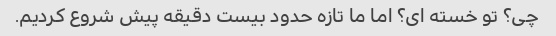
چی؟ تو خسته ای؟ اما ما تازه حدود بیست دقیقه پیش شروع کردیم.